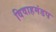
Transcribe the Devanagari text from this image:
विवाहमंडप